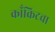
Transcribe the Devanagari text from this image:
काँक्रिटचा